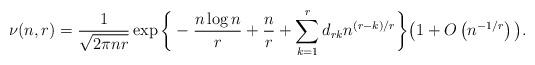
LaTeX: \begin{align*} \nu(n,r)= \frac{1}{\sqrt{2\pi nr}}\exp\bigg\{-\frac{n\log n}{r}+\frac{n}{r}+\sum_{k=1}^r d_{rk} n^{(r-k)/r}\bigg\} \big(1+O\left( n^{-1/r}\right)\big). \end{align*}